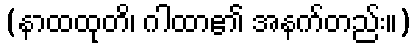
(နာထထုတိ၊ ဂါထာ၏ အနက်တည်း။)